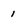
Character: 1